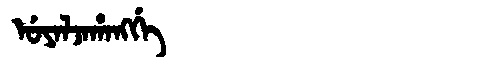
Manchu: ᡠᠶᠠᠯᠵᠠᡥᠠᠩᡤᡝ
Romanization: UYALJAHANGGE